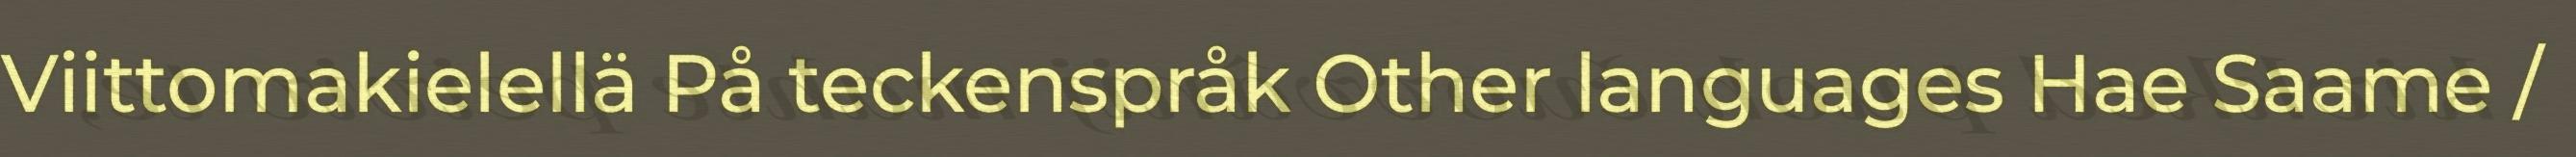
Viittomakielellä På teckenspråk Other languages Hae Saame /